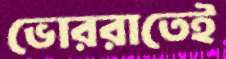
ভোররাতেই